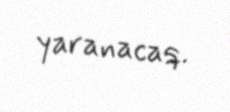
yaranacaq.